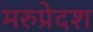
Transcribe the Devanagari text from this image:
मरुप्रेदश